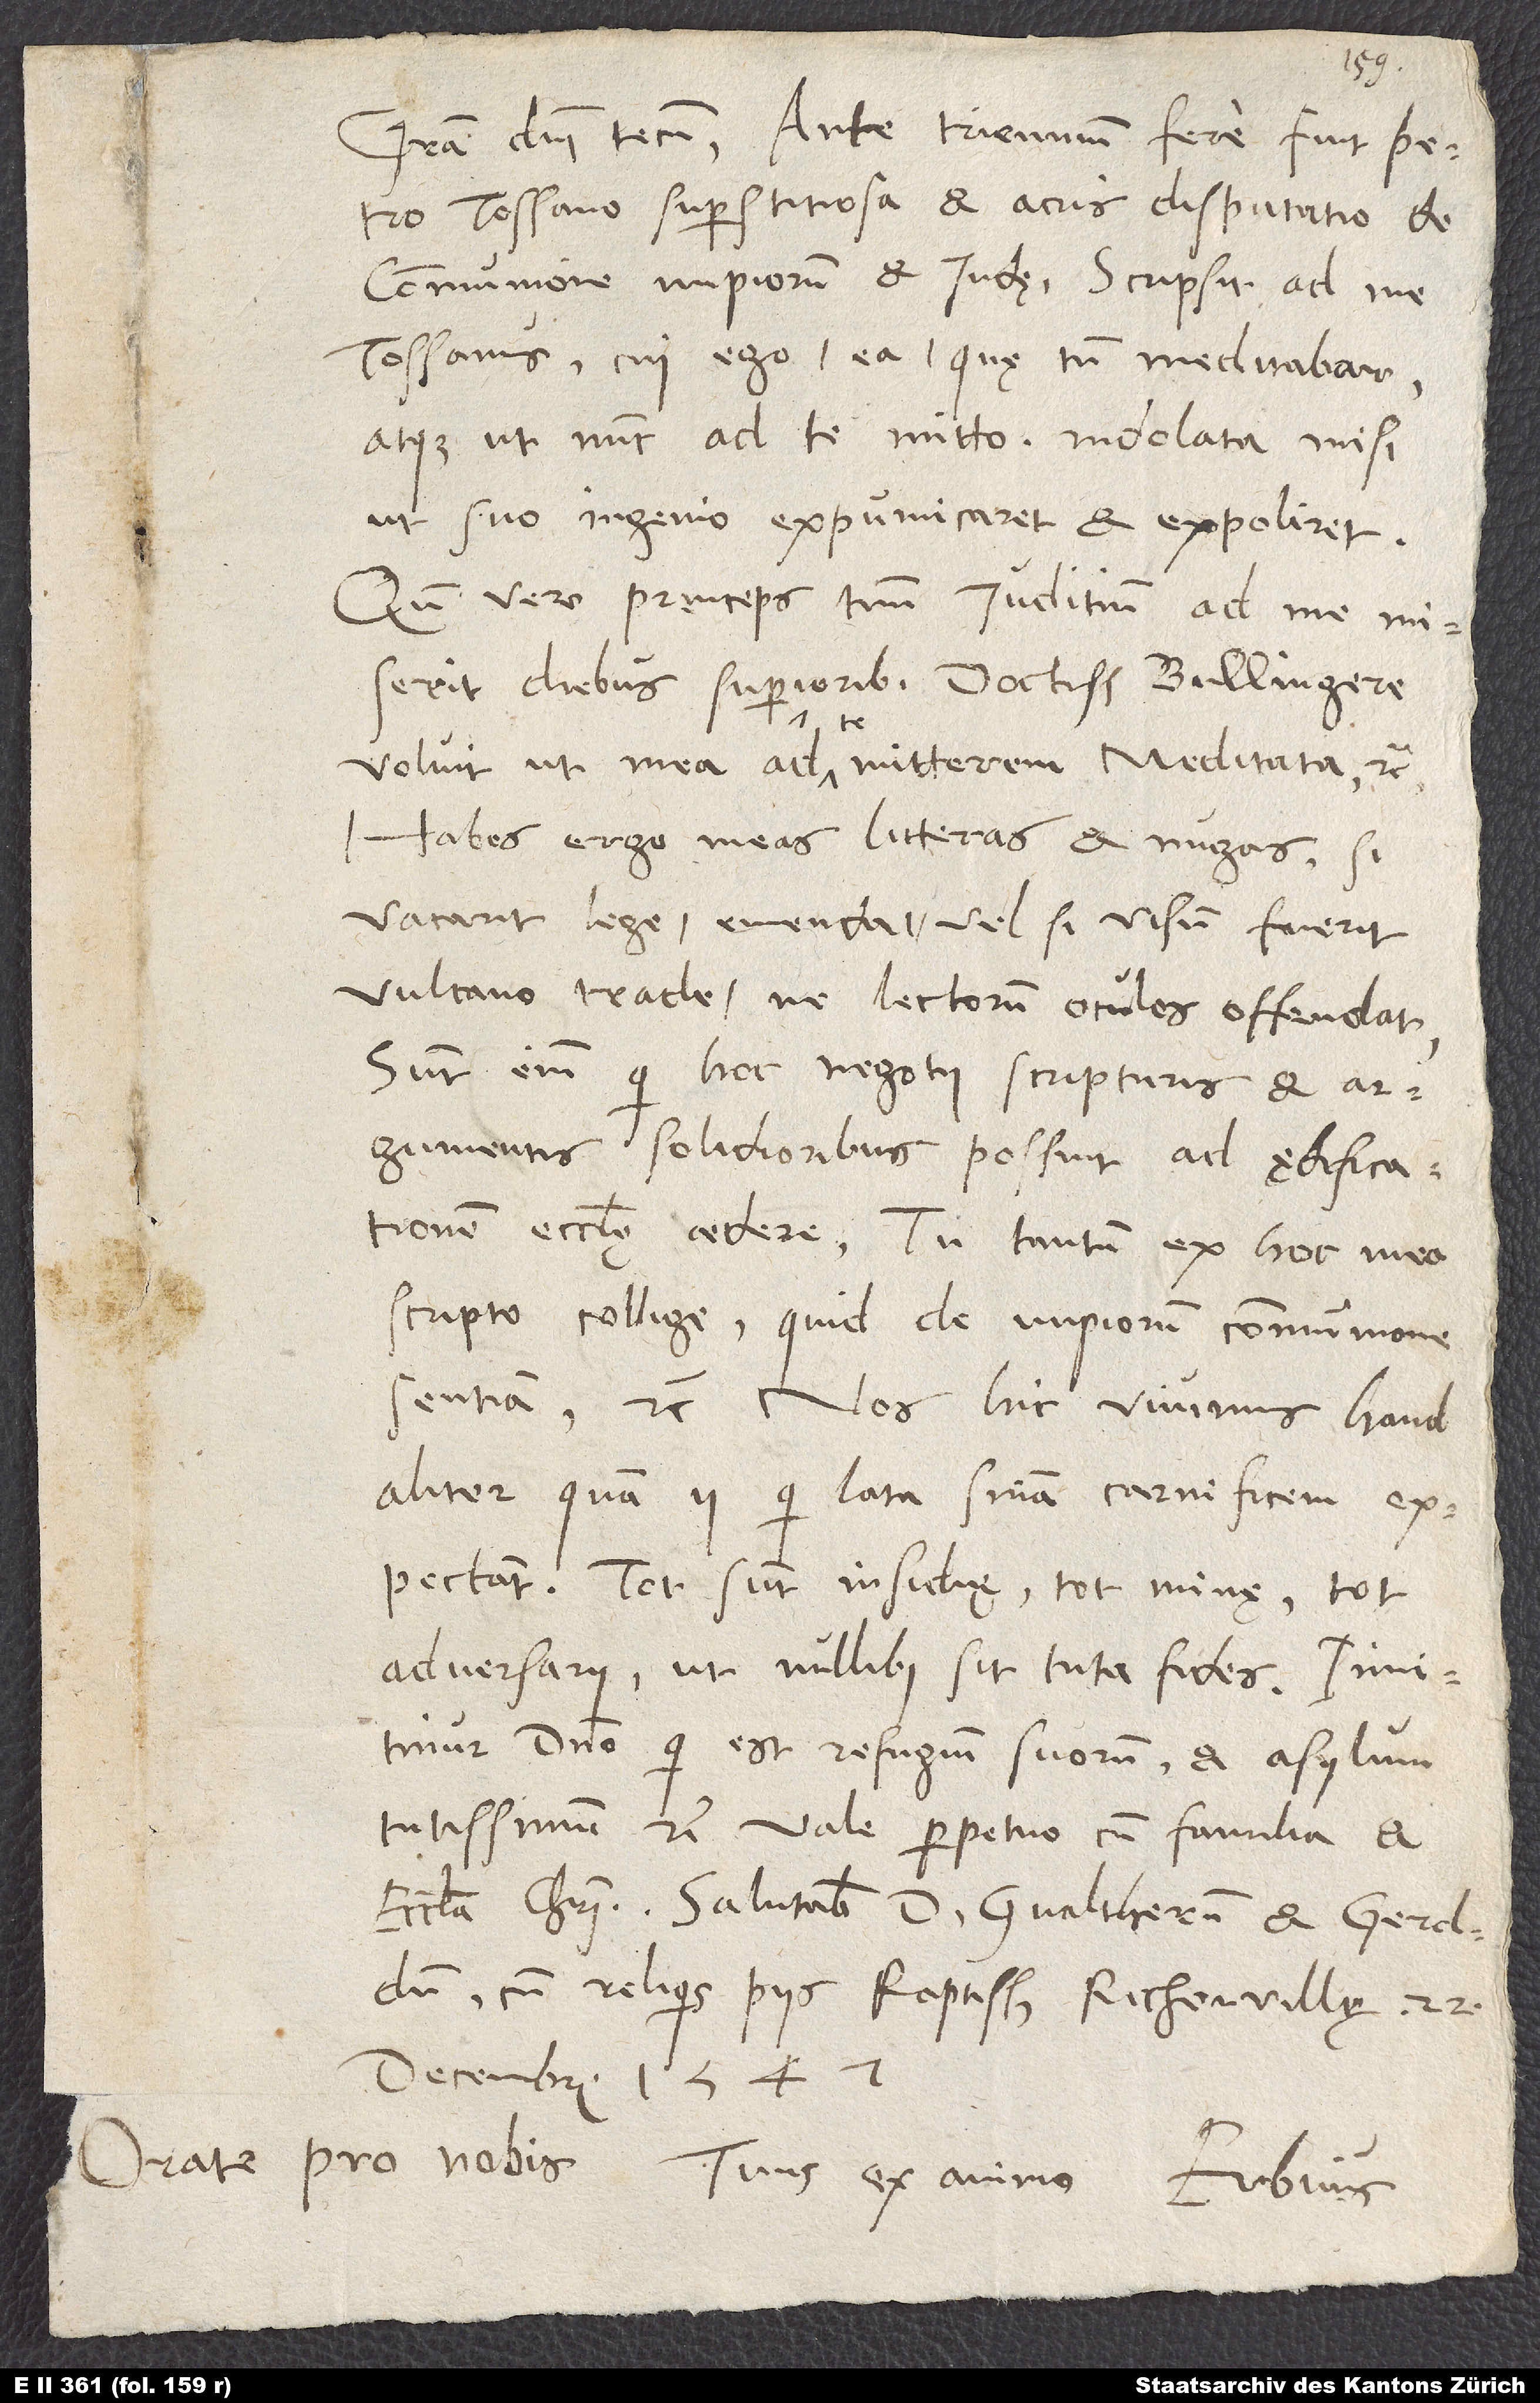
Gratia domini tecum! Ante triennium fere fuit Petro
Tossano superstitiosa et acris disputatio de
communione impiorum et Iudę. Scripsit ad me
Tossanus, cui ego ea, quę tum meditabar,
atque ut nunc ad te mitto, indolata misi,
ut suo ingenio expumicaret et expoliret.
Quum vero princeps tuum iuditium ad me miserit
diebus superioribus, doctissime Bullingere,
voluit, ut mea ad te mitterem meditata, etc.
Habes ergo meas litteras et nugas. Si
vacarit, lege, emenda vel, si visum fuerit,
Vulcano trade, ne lectorum oculos offendat.
Sunt enim, qui hoc negotii scripturis et
argumentis solidioribus possint ad ędificationem
ecclesię aedere. Tu tantum ex hoc meo
scripto collige, quid de impiorum communione
sentiam, etc. Nos hic vivimus haud
aliter quam ii, qui lata sententia carnificem
expectant. Tot sunt insidię, tot minę, tot
adversarii, ut nullibi sit tuta fides! Innitimur
domino, qui est refugium suorum et asylum
tutissimum, etc. Vale perpetuo cum familia et
ecclesia Christi. Salutabis d. Gvaltherum et Geroldum
cum reliquis piis. Raptissime, Richenvillę, 22.
Decembris 1547.